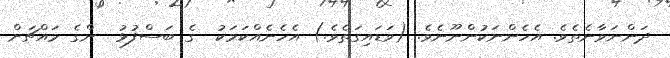
ދަންނަވާނެތެވެ. އެހެންނަކުންނޫނެވެ. (ވަޑައިގަތެވެ.) އެހެނެއްކަމަކު  ގެ ބަސްފުޅު  ންގެ މައްޗަށް